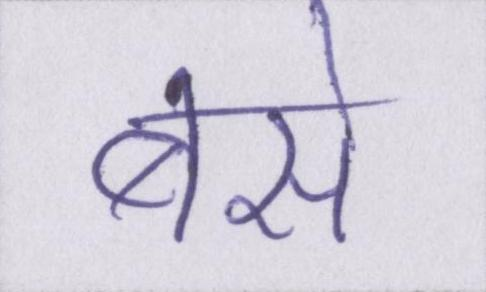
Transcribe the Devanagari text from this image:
बसे